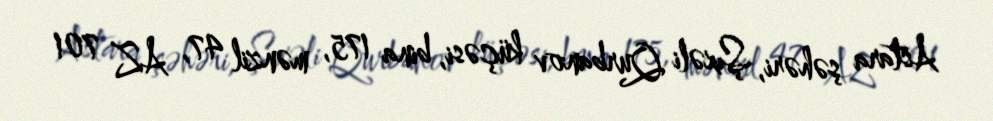
Astara şəhəri, Şıxəli Qurbanov küçəsi, bina 175, mənzil 47, AZ 701